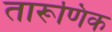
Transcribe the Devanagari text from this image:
तारूणिक